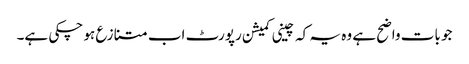
جو بات واضح ہے وہ یہ کہ چینی کمیشن رپورٹ اب متنازع ہو چکی ہے۔